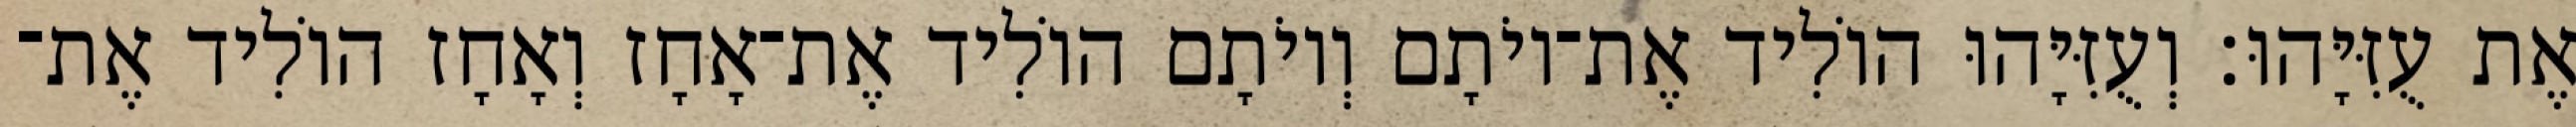
אֶת עֻזִּיָּהוּ׃ וְעֻזִּיָּהוּ הוֹלִיד אֶת־יוֹתָם וְיוֹתָם הוֹלִיד אֶת־אָחָז וְאָחָז הוֹלִיד אֶת־